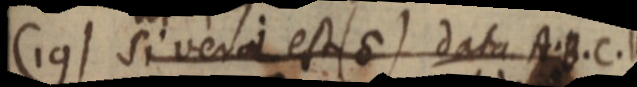
(19) si vera est (d) data A. B. C. V